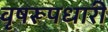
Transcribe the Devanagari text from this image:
वृषरूपधारी